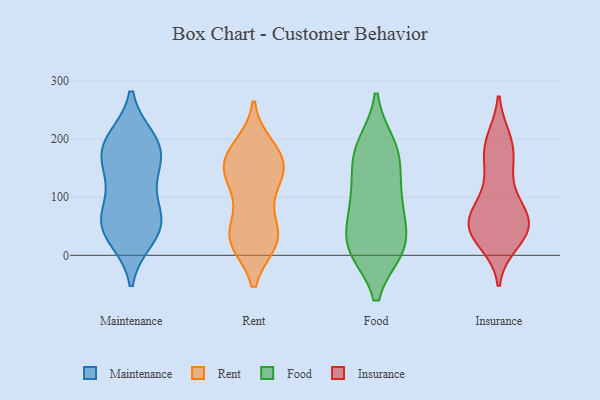
{"axis": {"x": "Net Income (USD K)", "y": "Value"}, "legend": ["Food", "Insurance", "Maintenance", "Rent"], "data": [{"x": "", "y": 189, "type": "Maintenance"}, {"x": "", "y": 60, "type": "Maintenance"}, {"x": "", "y": 141, "type": "Maintenance"}, {"x": "", "y": 177, "type": "Maintenance"}, {"x": "", "y": 199, "type": "Maintenance"}, {"x": "", "y": 196, "type": "Maintenance"}, {"x": "", "y": 54, "type": "Maintenance"}, {"x": "", "y": 34, "type": "Maintenance"}, {"x": "", "y": 69, "type": "Maintenance"}, {"x": "", "y": 30, "type": "Maintenance"}, {"x": "", "y": 67, "type": "Maintenance"}, {"x": "", "y": 168, "type": "Maintenance"}, {"x": "", "y": 125, "type": "Maintenance"}, {"x": "", "y": 150, "type": "Rent"}, {"x": "", "y": 180, "type": "Rent"}, {"x": "", "y": 132, "type": "Rent"}, {"x": "", "y": 117, "type": "Rent"}, {"x": "", "y": 83, "type": "Rent"}, {"x": "", "y": 28, "type": "Rent"}, {"x": "", "y": 169, "type": "Rent"}, {"x": "", "y": 187, "type": "Rent"}, {"x": "", "y": 150, "type": "Rent"}, {"x": "", "y": 165, "type": "Rent"}, {"x": "", "y": 24, "type": "Rent"}, {"x": "", "y": 31, "type": "Rent"}, {"x": "", "y": 26, "type": "Rent"}, {"x": "", "y": 40, "type": "Rent"}, {"x": "", "y": 143, "type": "Rent"}, {"x": "", "y": 25, "type": "Rent"}, {"x": "", "y": 73, "type": "Food"}, {"x": "", "y": 12, "type": "Food"}, {"x": "", "y": 169, "type": "Food"}, {"x": "", "y": 12, "type": "Food"}, {"x": "", "y": 13, "type": "Food"}, {"x": "", "y": 164, "type": "Food"}, {"x": "", "y": 90, "type": "Food"}, {"x": "", "y": 16, "type": "Food"}, {"x": "", "y": 118, "type": "Food"}, {"x": "", "y": 185, "type": "Food"}, {"x": "", "y": 189, "type": "Food"}, {"x": "", "y": 20, "type": "Food"}, {"x": "", "y": 88, "type": "Food"}, {"x": "", "y": 192, "type": "Insurance"}, {"x": "", "y": 158, "type": "Insurance"}, {"x": "", "y": 189, "type": "Insurance"}, {"x": "", "y": 97, "type": "Insurance"}, {"x": "", "y": 198, "type": "Insurance"}, {"x": "", "y": 55, "type": "Insurance"}, {"x": "", "y": 60, "type": "Insurance"}, {"x": "", "y": 32, "type": "Insurance"}, {"x": "", "y": 48, "type": "Insurance"}, {"x": "", "y": 65, "type": "Insurance"}, {"x": "", "y": 56, "type": "Insurance"}, {"x": "", "y": 151, "type": "Insurance"}, {"x": "", "y": 46, "type": "Insurance"}, {"x": "", "y": 41, "type": "Insurance"}, {"x": "", "y": 95, "type": "Insurance"}, {"x": "", "y": 23, "type": "Insurance"}]}